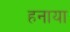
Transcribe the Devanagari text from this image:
हनाया